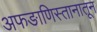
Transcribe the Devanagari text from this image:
अफङाणिस्तानातून